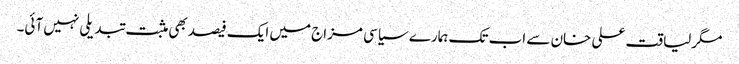
مگرلیاقت علی خان سے اب تک ہمارے سیاسی مزاج میں ایک فیصدبھی مثبت تبدیلی نہیں آئی۔